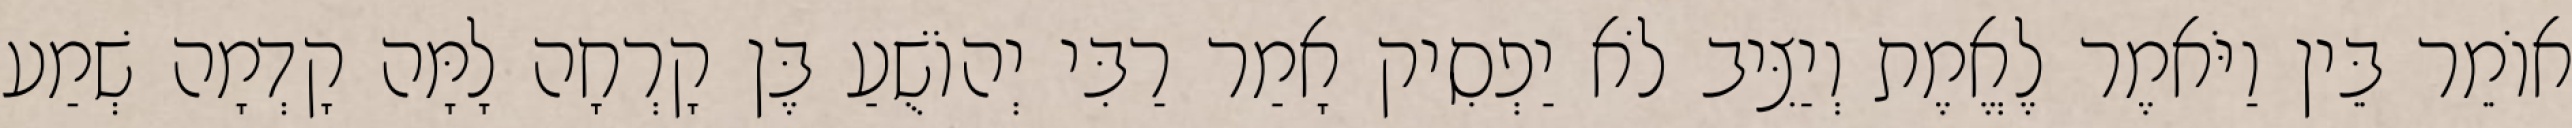
אוֹמֵר בֵּין וַיֹּאמֶר לֶאֱמֶת וְיַצִּיב לֹא יַפְסִיק אָמַר רַבִּי יְהוֹשֻׁעַ בֶּן קָרְחָה לָמָּה קָדְמָה שְׁמַע